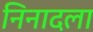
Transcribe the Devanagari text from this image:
निनादला